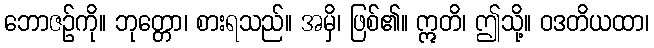
ဘောဇဉ်ကို။ ဘုတ္တော၊ စားရသည်။ အမှိ၊ ဖြစ်၏။ ဣတိ၊ ဤသို့။ ဝဒတိယထာ၊